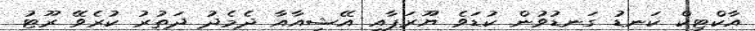
އާކްޓިކް ކަނޑު ގަނޑުވުން ކުޑަވެ ޔޫރަޕާއި އޭޝިއާއާ ދެމެދު ދަތުރު ކުރެވޭ ރޫޓު